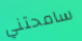
سامحتني